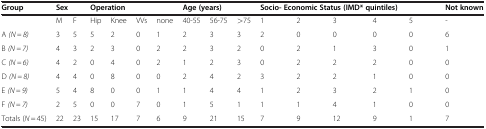
<table><thead><tr><td><b>Group</b></td><td colspan="2"><b>Sex</b></td><td colspan="4"><b>Operation</b></td><td colspan="3"><b>Age (years)</b></td><td colspan="5"><b>Socio- Economic Status (IMD* quintiles)</b></td><td><b>Not known</b></td></tr></thead><tbody><tr><td> </td><td>M</td><td>F</td><td>Hip</td><td>Knee</td><td>VVs</td><td>none</td><td>40-55</td><td>56-75</td><td>&gt;75</td><td>1</td><td>2</td><td>3</td><td>4</td><td>5</td><td>-</td></tr><tr><td>A <i>(N = 8)</i></td><td>3</td><td>5</td><td>5</td><td>2</td><td>0</td><td>1</td><td>2</td><td>3</td><td>3</td><td>2</td><td>0</td><td>0</td><td>0</td><td>0</td><td>6</td></tr><tr><td>B <i>(N = 7)</i></td><td>4</td><td>3</td><td>2</td><td>3</td><td>0</td><td>2</td><td>2</td><td>3</td><td>2</td><td>0</td><td>2</td><td>1</td><td>3</td><td>0</td><td>1</td></tr><tr><td>C <i>(N = 6)</i></td><td>4</td><td>2</td><td>0</td><td>4</td><td>0</td><td>2</td><td>1</td><td>2</td><td>3</td><td>0</td><td>2</td><td>2</td><td>2</td><td>0</td><td>0</td></tr><tr><td>D <i>(N = 8)</i></td><td>4</td><td>4</td><td>0</td><td>8</td><td>0</td><td>0</td><td>2</td><td>4</td><td>2</td><td>3</td><td>2</td><td>2</td><td>1</td><td>0</td><td>0</td></tr><tr><td>E <i>(N = 9)</i></td><td>5</td><td>4</td><td>8</td><td>0</td><td>0</td><td>1</td><td>1</td><td>4</td><td>4</td><td>1</td><td>2</td><td>3</td><td>2</td><td>1</td><td>0</td></tr><tr><td>F <i>(N = 7)</i></td><td>2</td><td>5</td><td>0</td><td>0</td><td>7</td><td>0</td><td>1</td><td>5</td><td>1</td><td>1</td><td>1</td><td>4</td><td>1</td><td>0</td><td>0</td></tr><tr><td>Totals (<i>N</i> = 45)</td><td>22</td><td>23</td><td>15</td><td>17</td><td>7</td><td>6</td><td>9</td><td>21</td><td>15</td><td>7</td><td>9</td><td>12</td><td>9</td><td>1</td><td>7</td></tr></tbody></table>